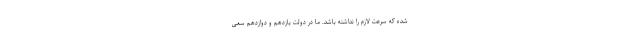
شده که سرعت لازم را نداشته باشد. ما در دولت یازدهم و دوازدهم سعی